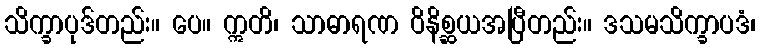
သိက္ခာပုဒ်တည်း။ ပေ။ ဣတိ၊ သာဓာရဏ ဝိနိစ္ဆယအပြီတည်း။ ဒသမသိက္ခာပဒံ၊